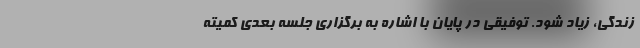
زندگی، زیاد شود. توفیقی در پایان با اشاره به برگزاری جلسه بعدی کمیته